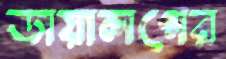
ডায়ালগের